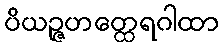
ပိယဉ္ဇဟတ္ထေရဂါထာ